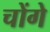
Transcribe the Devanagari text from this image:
चोंगे